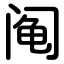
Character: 阄